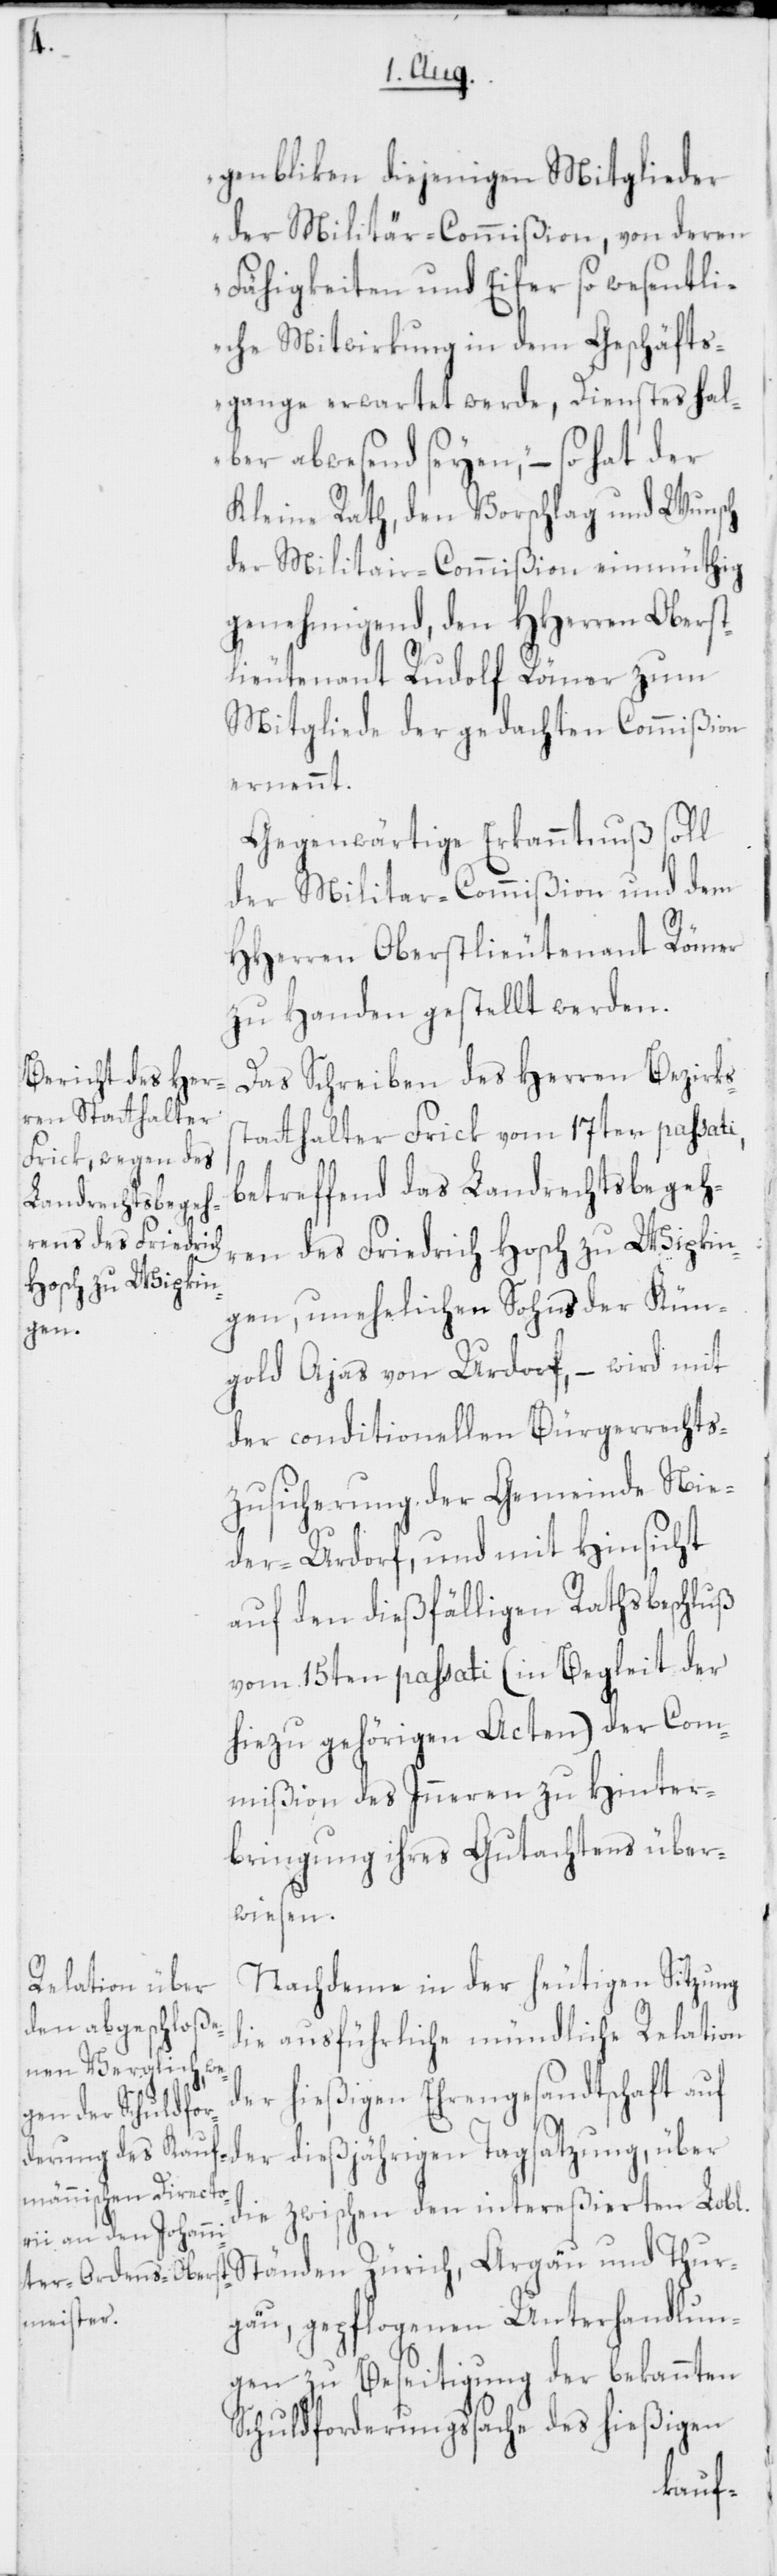
genbliken diejenigen Mitglieder
der Militär-Commißion, von deren
Fähigkeiten und Eifer so wesentli¬
che Mitwirkung in dem Geschäfts¬
gange erwartet werde, Dienstes hal¬
ber abwesend seyen“, – so hat der
Kleine Rath, den Vorschlag und Wunsch
der Militair-Commißion einmüthig
genehmigend, den HHerren Oberst¬
lieutenant Rudolf Römer zum
Mitgliede der gedachten Commißion
ernennt.
Gegenwärtige Erkanntnuß soll
der Militar-Commißion und dem
HHerren Oberstlieutenant Römer
zu Handen gestellt werden.
Das Schreiben des Herren Bezirks¬
statthalter Frick vom 17ten passati,
betreffend das Landrechtsbegehr¬
en des Friedrich Hosch zu Wipkin¬
gen, unehelichen Sohns der Kün¬
gold Ajas von Urdorf, – wird mit
der conditionellen Bürgerrechts¬
zusicherung der Gemeinde Nie¬
der-Urdorf, und mit Hinsicht
auf den dießfälligen Rathsbeschluß
vom 15ten passati (in Begleit der
hiezu gehörigen Acten) der Com¬
mißion des Inneren zu Hinter¬
bringung ihres Gutachtens über¬
wiesen.
Nachdeme in der heutigen Sitzung
die ausführliche mündliche Relation
der hießigen Ehrengesandtschaft auf
der dießjährigen Tagsatzung, über
die zwischen den intereßierten Lobl.
Ständen Zürich, Argäu und Thur¬
gäu, gepflogenen Unterhandlun¬
gen zu Beseitigung der bekannten
Schuldforderungssache des hießigen